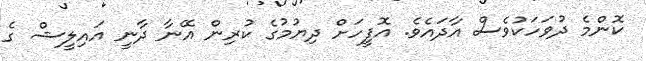
ކޮންމެ ދުވަހަކުވެސް އާދައެވެ. އޮފީހަށް ދިޔުމުގެ ކުރިން އޭނާ ދާނީ އައިލީޝް ގެ